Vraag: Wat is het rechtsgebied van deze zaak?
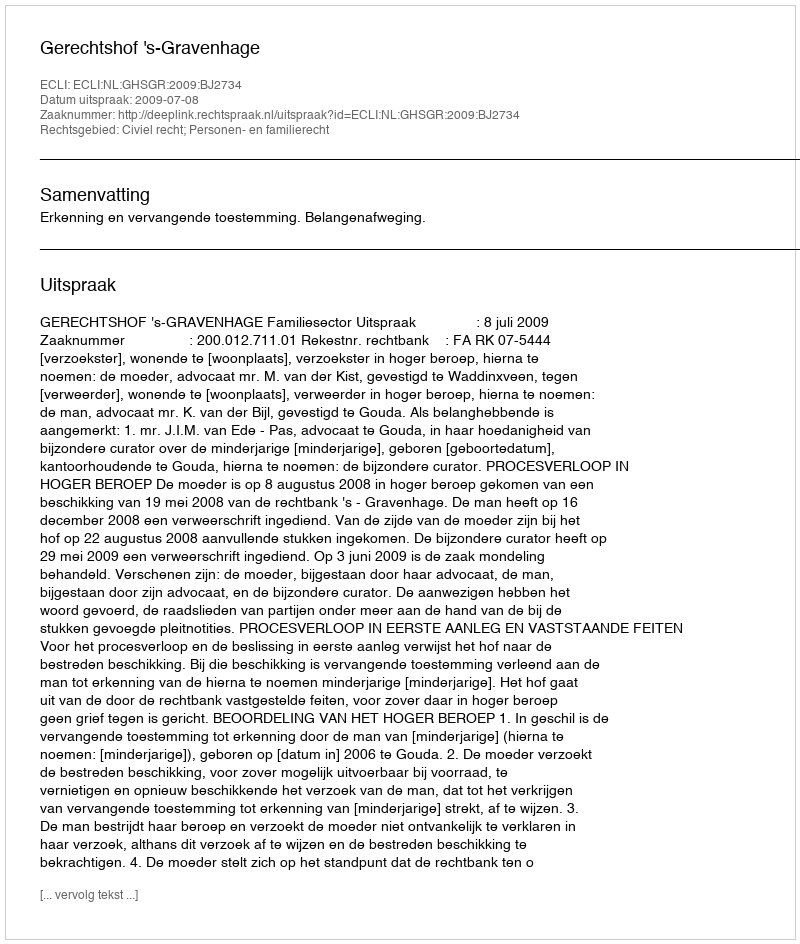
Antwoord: Civiel recht; Personen- en familierecht